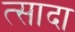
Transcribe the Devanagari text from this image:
त्सादा